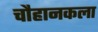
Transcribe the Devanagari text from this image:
चौहानकला